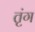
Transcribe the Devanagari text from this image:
तृंग